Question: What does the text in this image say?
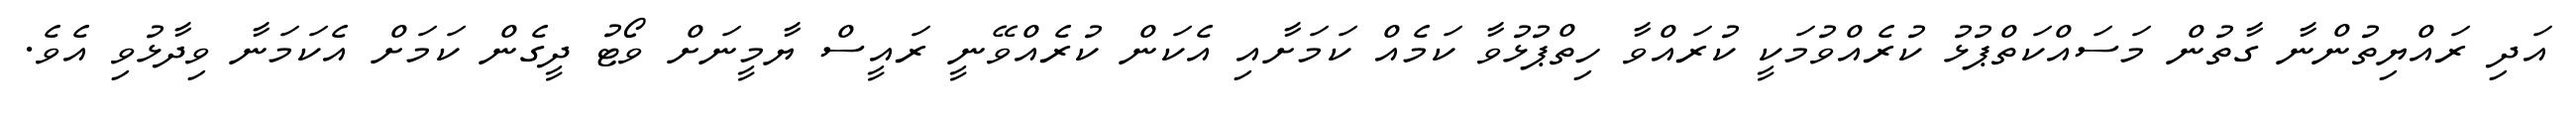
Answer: އަދި ރައްޔިތުންނާ ގާތުން މަސައްކަތްޕުޅު ކުރެއްވުމަކީ ކުރައްވާ ހިތްޕުޅުވާ ކަމެއް ކަމަށާއި އެކަން ކުރެއްވޭނީ ރައީސް ޔާމީނަށް ވޯޓު ދީގެން ކަމަށް އެކަމަނާ ވިދާޅުވި އެވެ.